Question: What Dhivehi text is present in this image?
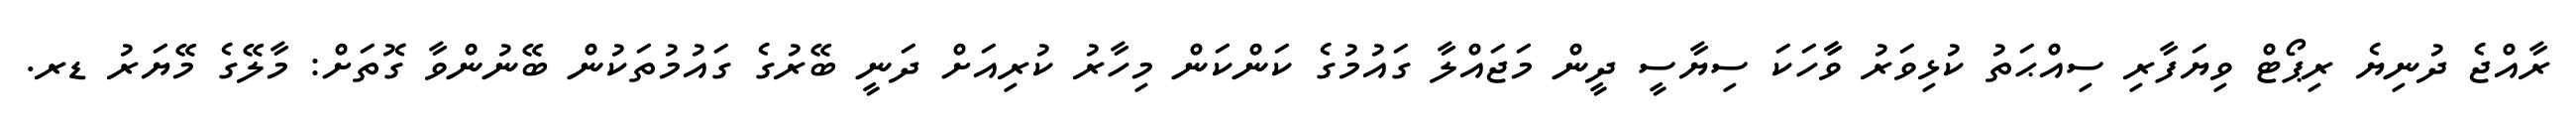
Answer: ރާއްޖެ ދުނިޔެ ރިޕޯޓް ވިޔަފާރި ސިއްޙަތު ކުޅިވަރު ވާާހަކަ ސިޔާސީ ދީން މަޖައްލާ ގައުމުގެ ކަންކަން މިހާރު ކުރިއަށް ދަނީ ބޭރުގެ ގައުމުތަކުން ބޭނުންވާ ގޮތަށް: މާލޭގެ މޭޔަރު ޑރ.